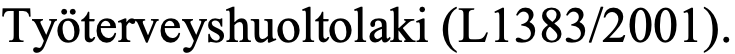
Työterveyshuoltolaki (L1383/2001).